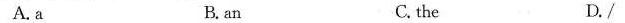
A.a B. an C. the D./